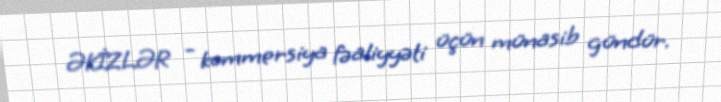
ƏKİZLƏR - kommersiya fəaliyyəti üçün münasib gündür.